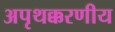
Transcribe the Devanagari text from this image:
अपृथक्करणीय